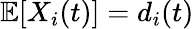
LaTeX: \mathbb{E}[X_{i}(t)]=d_{i}(t)